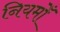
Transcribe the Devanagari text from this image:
नियमोँ